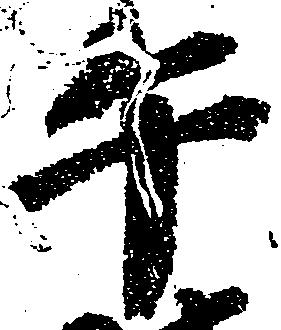
午